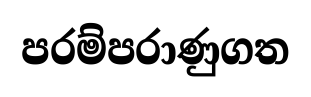
පරම්පරාණුගත